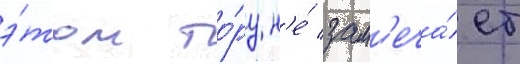
э́том то́ру н'е́ зам'еча́ет